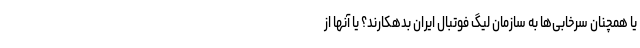
یا همچنان سرخابی‌ها به سازمان لیگ فوتبال ایران بدهکارند؟ یا آنها از